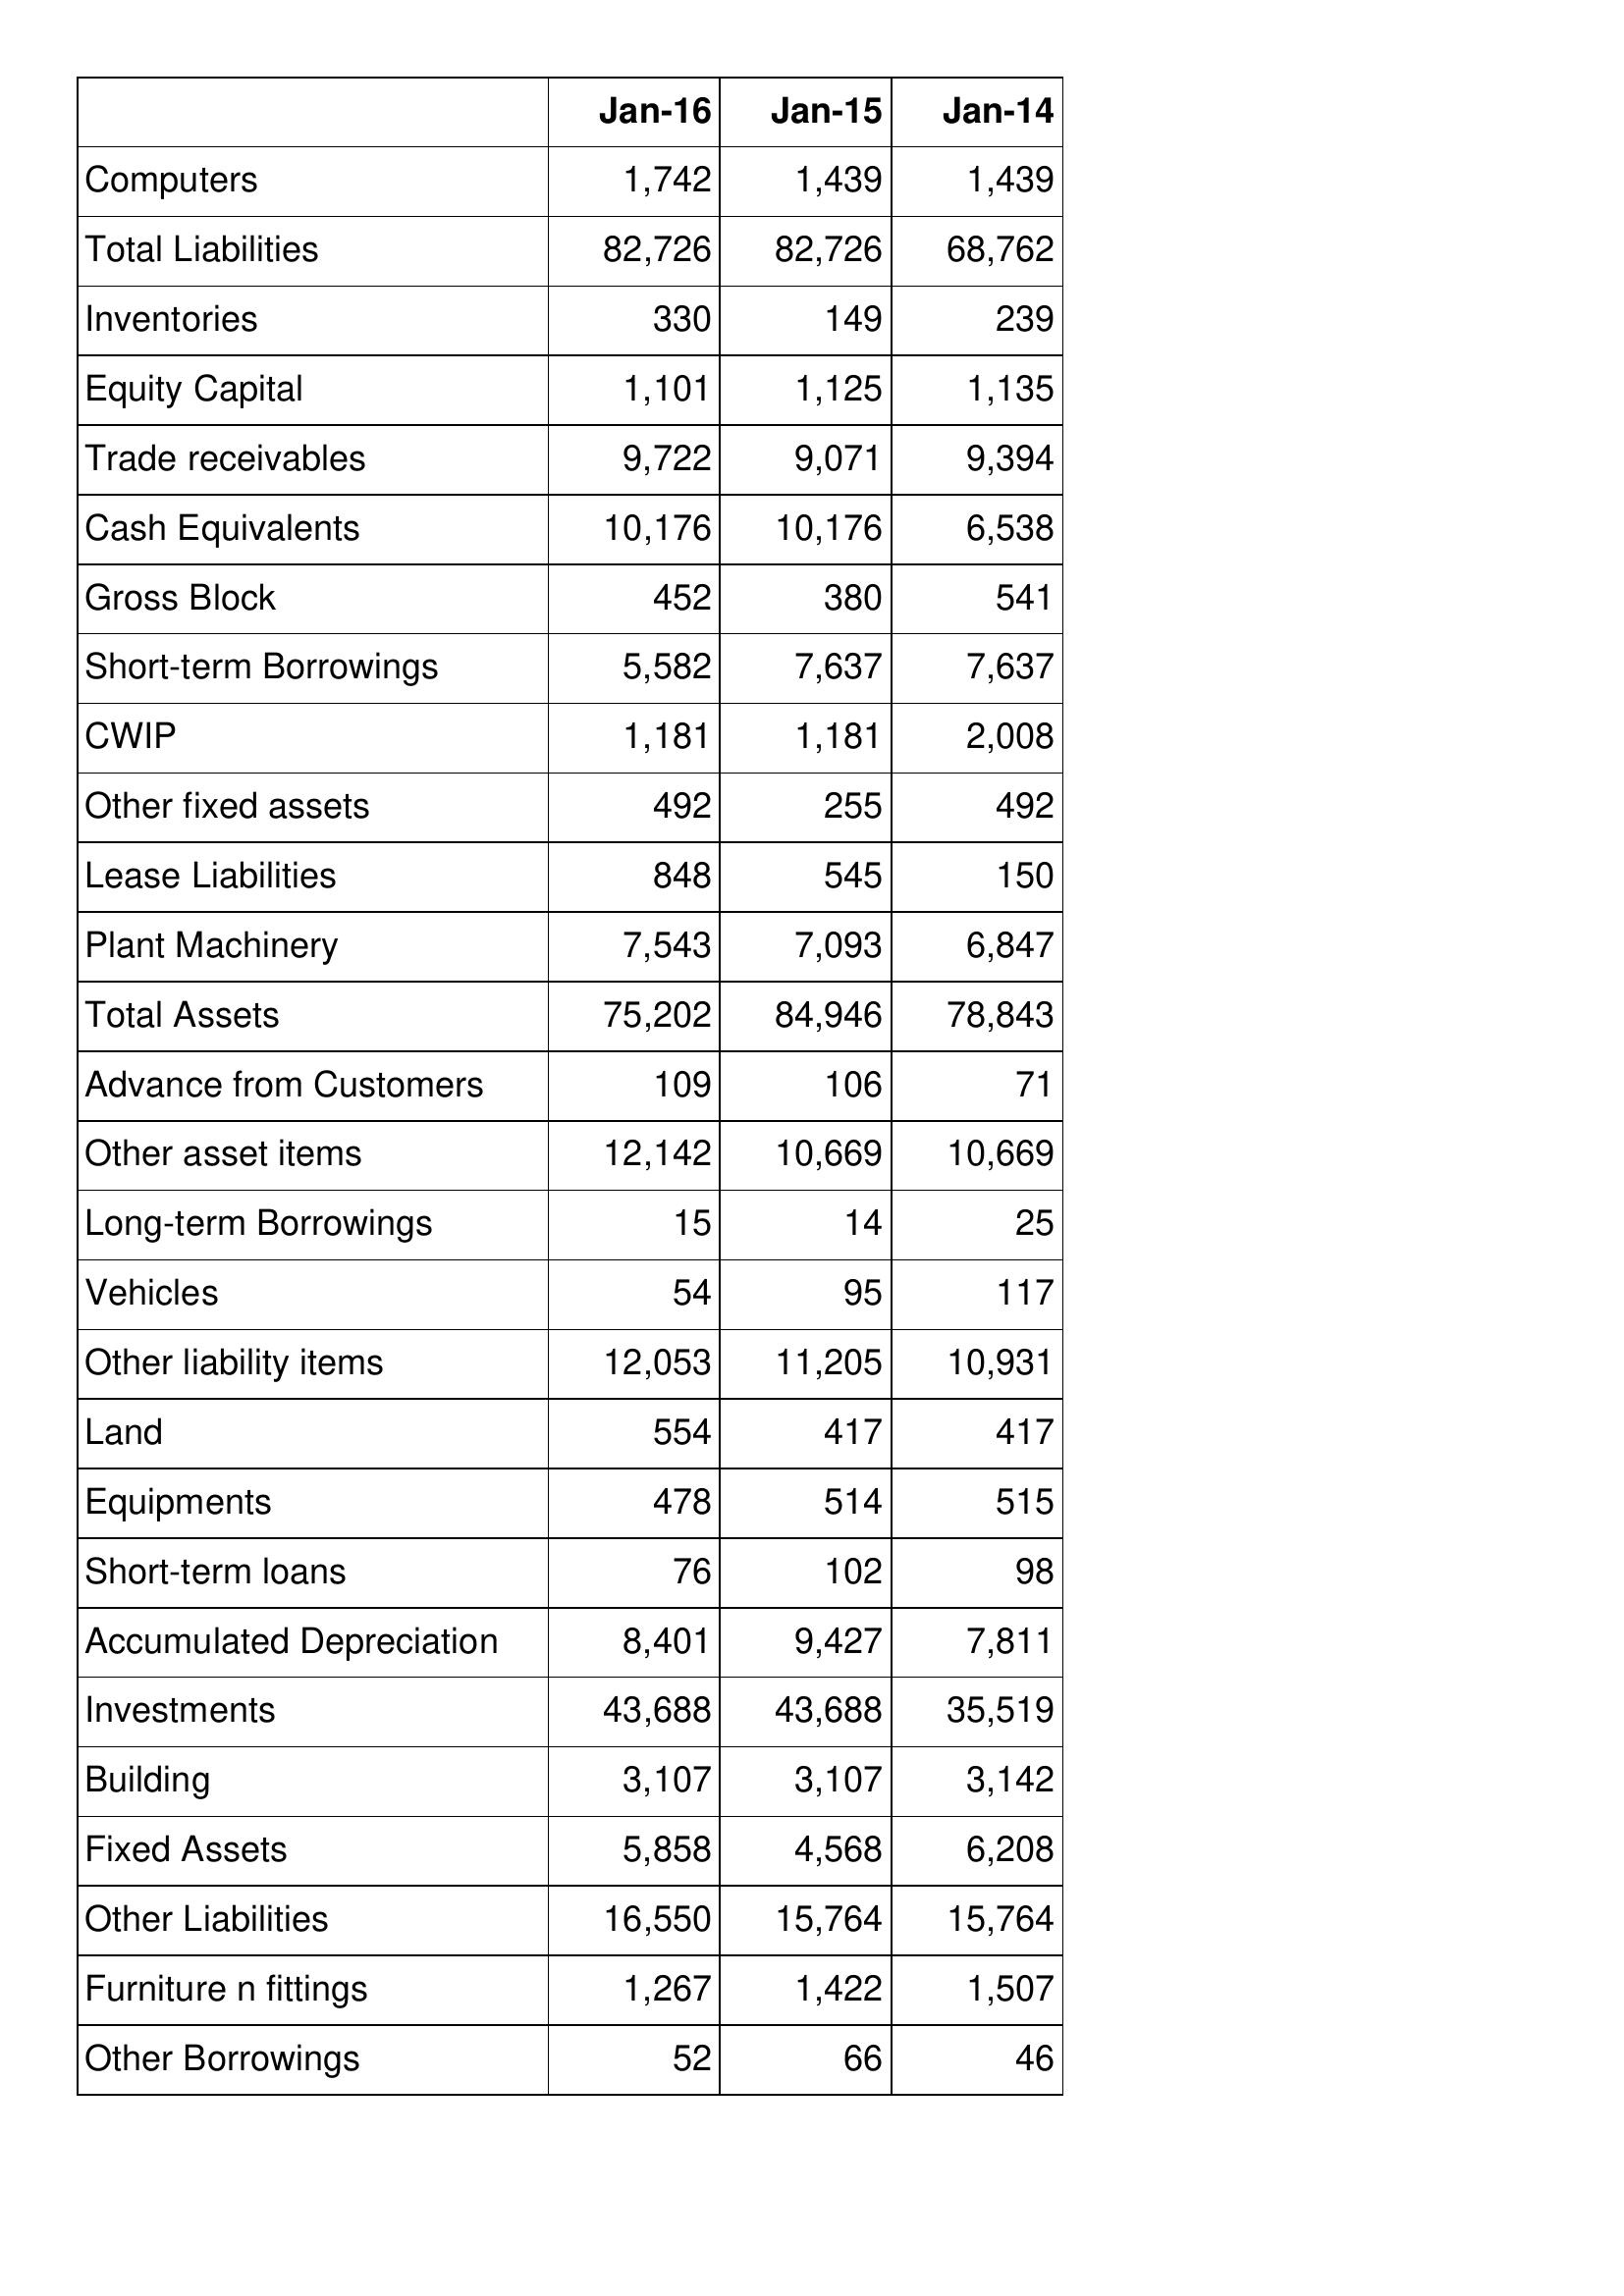
Jan-16: Balance Sheet: Computers: 1,742
Total Liabilities: 82,726
Inventories: 330
Equity Capital: 1,101
Trade receivables: 9,722
Cash Equivalents: 10,176
Gross Block: 452
Short-term Borrowings: 5,582
CWIP: 1,181
Other fixed assets: 492
Lease Liabilities: 848
Plant Machinery: 7,543
Total Assets: 75,202
Advance from Customers: 109
Other asset items: 12,142
Long-term Borrowings: 15
Vehicles: 54
Other liability items: 12,053
Land: 554
Equipments: 478
Short-term loans: 76
Accumulated Depreciation: 8,401
Investments: 43,688
Building: 3,107
Fixed Assets: 5,858
Other Liabilities: 16,550
Furniture n fittings: 1,267
Other Borrowings: 52
Jan-15: Balance Sheet: Computers: 1,439
Total Liabilities: 82,726
Inventories: 149
Equity Capital: 1,125
Trade receivables: 9,071
Cash Equivalents: 10,176
Gross Block: 380
Short-term Borrowings: 7,637
CWIP: 1,181
Other fixed assets: 255
Lease Liabilities: 545
Plant Machinery: 7,093
Total Assets: 84,946
Advance from Customers: 106
Other asset items: 10,669
Long-term Borrowings: 14
Vehicles: 95
Other liability items: 11,205
Land: 417
Equipments: 514
Short-term loans: 102
Accumulated Depreciation: 9,427
Investments: 43,688
Building: 3,107
Fixed Assets: 4,568
Other Liabilities: 15,764
Furniture n fittings: 1,422
Other Borrowings: 66
Jan-14: Balance Sheet: Computers: 1,439
Total Liabilities: 68,762
Inventories: 239
Equity Capital: 1,135
Trade receivables: 9,394
Cash Equivalents: 6,538
Gross Block: 541
Short-term Borrowings: 7,637
CWIP: 2,008
Other fixed assets: 492
Lease Liabilities: 150
Plant Machinery: 6,847
Total Assets: 78,843
Advance from Customers: 71
Other asset items: 10,669
Long-term Borrowings: 25
Vehicles: 117
Other liability items: 10,931
Land: 417
Equipments: 515
Short-term loans: 98
Accumulated Depreciation: 7,811
Investments: 35,519
Building: 3,142
Fixed Assets: 6,208
Other Liabilities: 15,764
Furniture n fittings: 1,507
Other Borrowings: 46